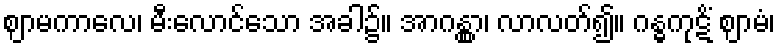
ဈာမကာလေ၊ မီးလောင်သော အခါ၌။ အာဂန္တွာ၊ လာလတ်၍။ ဂန္ဓကုဋိံ ဈာမံ၊